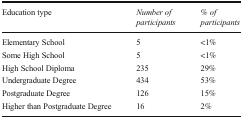
<table><thead><tr><td><b>Education type</b></td><td><b><i>Number of participants</i></b></td><td><b><i>% of participants</i></b></td></tr></thead><tbody><tr><td>Elementary School</td><td>5</td><td>&lt;1%</td></tr><tr><td>Some High School</td><td>5</td><td>&lt;1%</td></tr><tr><td>High School Diploma</td><td>235</td><td>29%</td></tr><tr><td>Undergraduate Degree</td><td>434</td><td>53%</td></tr><tr><td>Postgraduate Degree</td><td>126</td><td>15%</td></tr><tr><td>Higher than Postgraduate Degree</td><td>16</td><td>2%</td></tr></tbody></table>